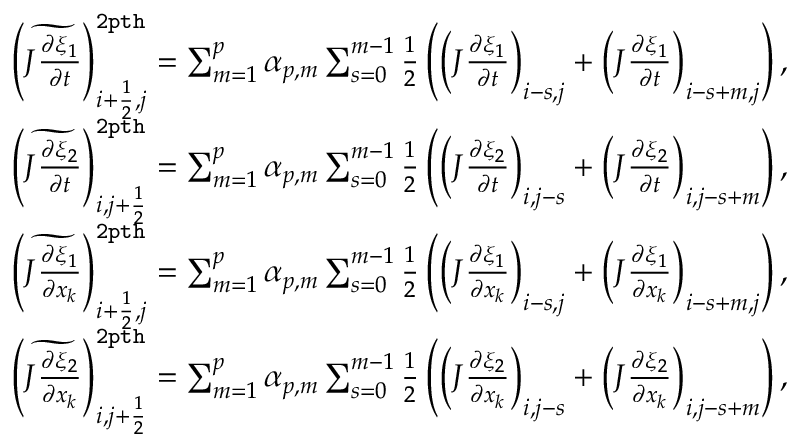
\begin{array} { r l } & { \left( \widetilde { J \frac { \partial \xi _ { 1 } } { \partial t } } \right) _ { i + \frac { 1 } { 2 } , j } ^ { \tt 2 p t h } = \sum _ { m = 1 } ^ { p } \alpha _ { p , m } \sum _ { s = 0 } ^ { m - 1 } \frac { 1 } { 2 } \left( \left( J \frac { \partial \xi _ { 1 } } { \partial t } \right) _ { i - s , j } + \left( J \frac { \partial \xi _ { 1 } } { \partial t } \right) _ { i - s + m , j } \right) , } \\ & { \left( \widetilde { J \frac { \partial \xi _ { 2 } } { \partial t } } \right) _ { i , j + \frac { 1 } { 2 } } ^ { \tt 2 p t h } = \sum _ { m = 1 } ^ { p } \alpha _ { p , m } \sum _ { s = 0 } ^ { m - 1 } \frac { 1 } { 2 } \left( \left( J \frac { \partial \xi _ { 2 } } { \partial t } \right) _ { i , j - s } + \left( J \frac { \partial \xi _ { 2 } } { \partial t } \right) _ { i , j - s + m } \right) , } \\ & { \left( \widetilde { J \frac { \partial \xi _ { 1 } } { \partial x _ { k } } } \right) _ { i + \frac { 1 } { 2 } , j } ^ { { \tt 2 p t h } } = \sum _ { m = 1 } ^ { p } \alpha _ { p , m } \sum _ { s = 0 } ^ { m - 1 } \frac { 1 } { 2 } \left( \left( J \frac { \partial \xi _ { 1 } } { \partial x _ { k } } \right) _ { i - s , j } + \left( J \frac { \partial \xi _ { 1 } } { \partial x _ { k } } \right) _ { i - s + m , j } \right) , } \\ & { \left( \widetilde { J \frac { \partial \xi _ { 2 } } { \partial x _ { k } } } \right) _ { i , j + \frac { 1 } { 2 } } ^ { { \tt 2 p t h } } = \sum _ { m = 1 } ^ { p } \alpha _ { p , m } \sum _ { s = 0 } ^ { m - 1 } \frac { 1 } { 2 } \left( \left( J \frac { \partial \xi _ { 2 } } { \partial x _ { k } } \right) _ { i , j - s } + \left( J \frac { \partial \xi _ { 2 } } { \partial x _ { k } } \right) _ { i , j - s + m } \right) , } \end{array}